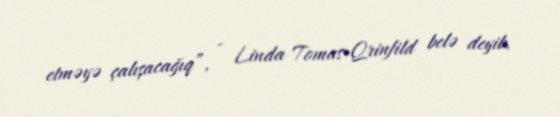
etməyə çalışacağıq”, - Linda Tomas-Qrinfild belə deyib.